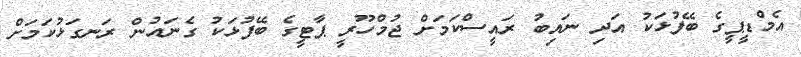
އެމްޑީޕީގެ ބޭފުޅަކު އަދި ނައިބު ރައީސްކަމަށް ޖުމްހޫރީ ޕާޓީގެ ބޭފުޅަކު ގެނައުން ރަނގަޅުކަމަށް